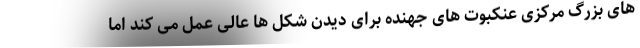
های بزرگ مرکزی عنکبوت های جهنده برای دیدن شکل ها عالی عمل می کند اما